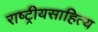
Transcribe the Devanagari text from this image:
राष्ट्रीयसाहित्य